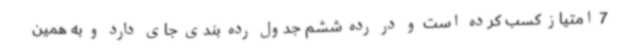
7 امتیاز کسب کرده است و در رده ششم جدول رده بندی جای دارد و به همین